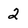
Character: 2